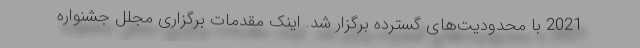
2021 با محدودیت‌های گسترده برگزار شد. اینک مقدمات برگزاری مجلل جشنواره